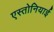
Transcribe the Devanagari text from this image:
एस्तोनियाई